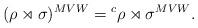
LaTeX: \begin{align*} (\rho \rtimes \sigma)^{MVW} = {^c}\rho \rtimes \sigma^{MVW}.\end{align*}